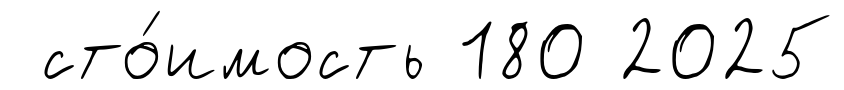
сто́имость 180 2025